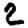
Digit: 2